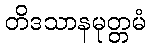
တိဒသာနမုတ္တမံ